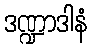
ဒဏ္ဍာဒါနံ